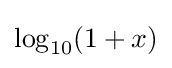
\log _{10}(1+x)